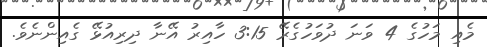
މެއި މަހުގެ 4 ވަނަ ދުވަހުގެރޭ 3:15 ހާއިރު އޭނާ ދިރިއުޅޭ ގެއިންނެވެ.